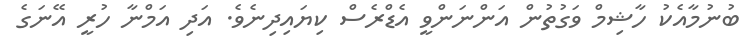
ބުނުމާއެކު ހާޝިމް ވަގުތުން އަންނަންވީ އެޑްރެސް ކިޔައިދިނެވެ. އަދި އަމްނާ ހުރީ އޭނަގެ